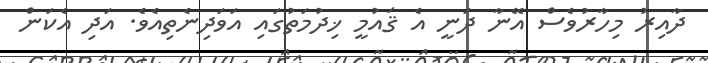
ދާއިރު މިހާރުވެސް އޭނާ ދަނީ އެ ޤައުމީ ޚިދުމަތުގައި އަވަދިނެތިއެވެ. އަދި އެކަން